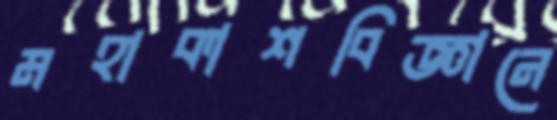
মহাকাশবিজ্ঞানে